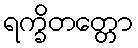
ရက္ခိတတ္တော